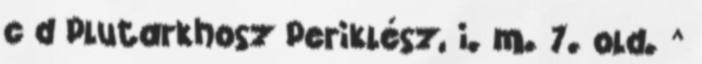
c d Plutarkhosz Periklész, i. m. 7. old. ^